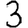
Digit: 3